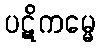
ပဋိကမ္မေ